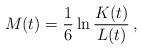
LaTeX: \begin{align*}M(t)=\frac{1}{6}\ln \frac{K(t)}{L(t)}\, ,\end{align*}